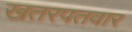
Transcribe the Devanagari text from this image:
खतरपतवार